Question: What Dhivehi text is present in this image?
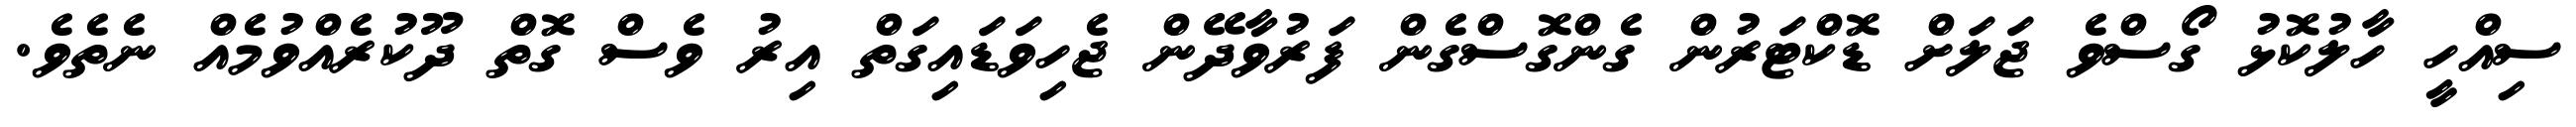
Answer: ސިއްހީ ހާލުކޮޅު ގޯސްވެ ޖަލަށް ޑޮކްޓަރުން ގެންގޮސްގެން ފަރުވާދޭން ޖެހިވަޑައިގަތް އިރު ވެސް ގޮތް ދޫކުރެއްވުމެއް ނެތެވެ.